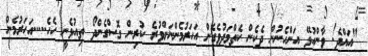
"އައްދެ! ވާންއުޅޭ އަންހެނުން ދެކެން ކެތްމަދުވެގެން އަހަރުމެންނަށްވުރެ ކުރިން ގޮސްގެންދޯ ތިއުޅެނީ ހެހެ.....އަހަރުމެން